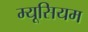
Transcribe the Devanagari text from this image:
म्यूसियम